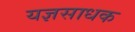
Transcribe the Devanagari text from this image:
यज्ञसाधक